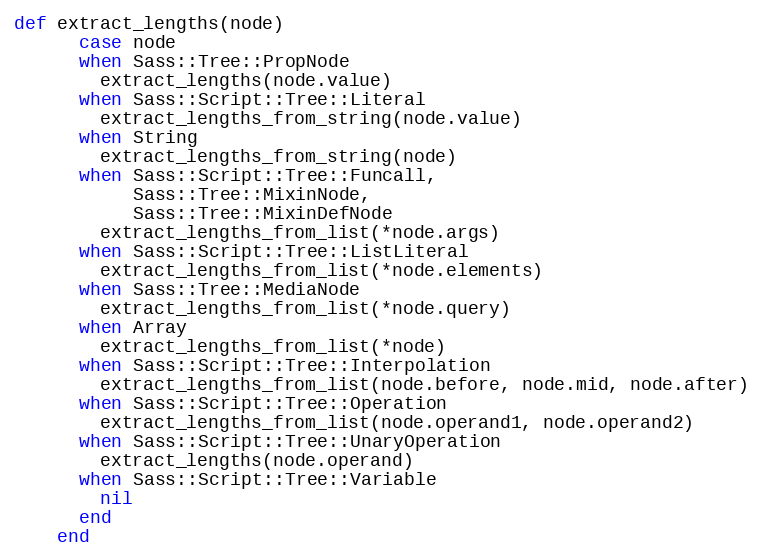
Language: Ruby
def extract_lengths(node)
      case node
      when Sass::Tree::PropNode
        extract_lengths(node.value)
      when Sass::Script::Tree::Literal
        extract_lengths_from_string(node.value)
      when String
        extract_lengths_from_string(node)
      when Sass::Script::Tree::Funcall,
           Sass::Tree::MixinNode,
           Sass::Tree::MixinDefNode
        extract_lengths_from_list(*node.args)
      when Sass::Script::Tree::ListLiteral
        extract_lengths_from_list(*node.elements)
      when Sass::Tree::MediaNode
        extract_lengths_from_list(*node.query)
      when Array
        extract_lengths_from_list(*node)
      when Sass::Script::Tree::Interpolation
        extract_lengths_from_list(node.before, node.mid, node.after)
      when Sass::Script::Tree::Operation
        extract_lengths_from_list(node.operand1, node.operand2)
      when Sass::Script::Tree::UnaryOperation
        extract_lengths(node.operand)
      when Sass::Script::Tree::Variable
        nil
      end
    end